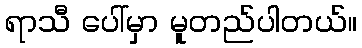
ရာသီ ပေါ်မှာ မူတည်ပါတယ်။